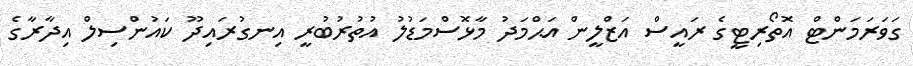
ގަވަރަމަންޓް އޮތޯރިޓީގެ ރައީސް އަޒްލީން އަޙްމަދު މާޅޮސްމަޑުލު އުތުރުބުރީ އިނގުރައިދޫ ކައުންސިލް އިދާރާގެ